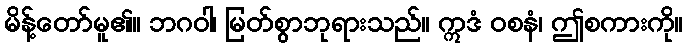
မိန့်တော်မူ၏။ ဘဂဝါ၊ မြတ်စွာဘုရားသည်။ ဣဒံ ဝစနံ၊ ဤစကားကို။